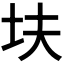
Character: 𫭝